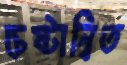
চেষ্টান্বিত